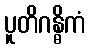
ပူတိဂန္ဓိကံ